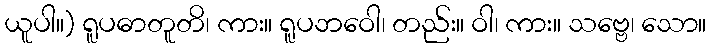
ယူပါ။) ရူပဓာတူတိ၊ ကား။ ရူပဘဝေါ၊ တည်း။ ဝါ၊ ကား။ သဗ္ဗေ၊ သော။